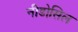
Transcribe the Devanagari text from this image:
नीडोसिल